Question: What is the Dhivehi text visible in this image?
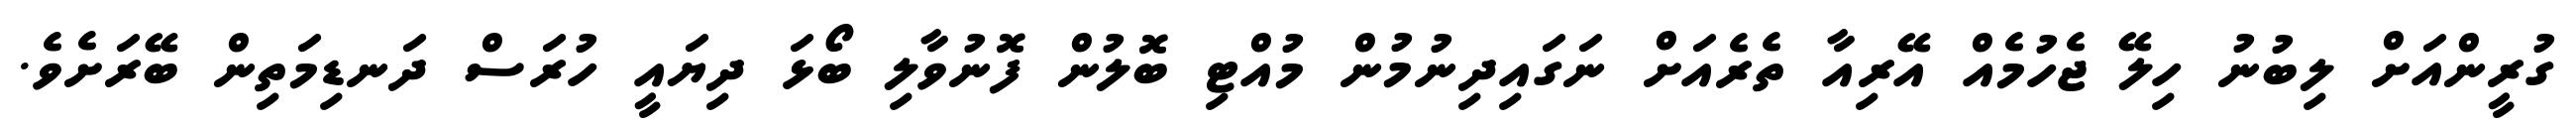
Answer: ގުރީންއަށް ލިބުނު ހިލޭ ޖެހުމެއް އޭރިއާ ތެރެއަށް ނަގައިދިނުމުން މުއްޓި ބޮލުން ފޮނުވާލި ބޯޅަ ދިޔައީ ހުރަސް ދަނޑިމަތިން ބޭރަށެވެ.